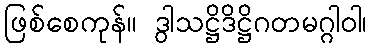
ဖြစ်စေကုန်။ ဒွါသဋ္ဌိဒိဋ္ဌိဂတမဂ္ဂါဝါ၊